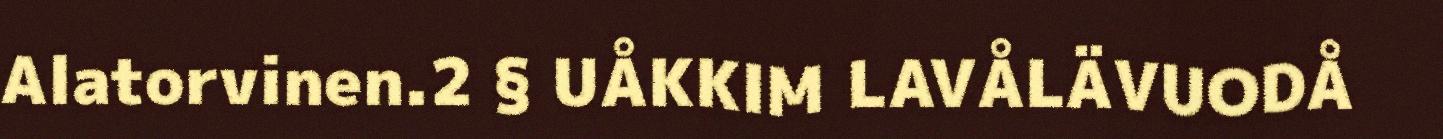
Alatorvinen.2 § UÅKKIM LAVÅLÄVUODÅ